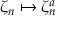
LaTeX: \zeta _ { n } \mapsto \zeta _ { n } ^ { a }